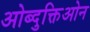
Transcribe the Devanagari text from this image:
ओब्दुक्तिओन